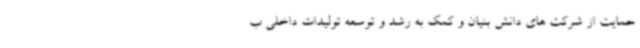
حمایت از شرکت های دانش بنیان و کمک به رشد و توسعه تولیدات داخلی ب